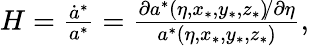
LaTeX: \begin{array}{r}{H=\frac{\dot{a}^{\ast}}{a^{\ast}}=\frac{\partial a^{\ast}\left(\eta,x_{\ast},y_{\ast},z_{\ast}\right)\! /\partial\eta}{a^{\ast}\left(\eta,x_{\ast},y_{\ast},z_{\ast}\right)},}\end{array}